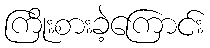
ကြိုးစားခဲ့ကြောင်း